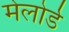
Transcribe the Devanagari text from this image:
मेलोर्ड